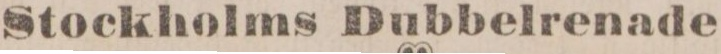
Stockholms Dubbelrenade